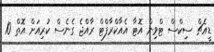
ޑީއެޗް ސިކްސް ޓްވިން އޮޓާ އެއާކްރާފްޓް ރާއްޖެ ގެނެސް ކުރިއަށް އޮތް 10